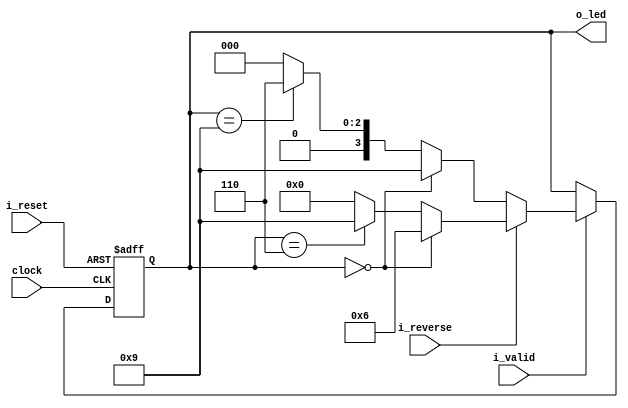
//Segunda jerarquia
module shiftreg2led
#(
    parameter NB_LEDS = 4

)
(
    output [NB_LEDS-1 :0]   o_led,
    input                   i_valid, //la de habilitacion que entra
    input                   i_reverse, //cambio de sentido
    input                   i_reset,
    input                   clock
                       
);
    //Localparam
    localparam o_1 = 4'b1001;
    localparam o_2 = 4'b0110;
    localparam o_3 = 4'b0000;
    //localparam R3 = (2**(NB_COUNTER-13))-1;

    
    //VARS
    reg [NB_LEDS-1 :0] shiftregisters;

    //reg direction;

    //OPT1 FOR
    integer ptr;


    always @(posedge clock or posedge i_reset) begin
        if(i_reset)begin 
            shiftregisters <= o_3;//4'b0000;
            //direction <= 1'b0;
        end 
        else if (i_valid)begin
            //if(i_reverse)begin
            //    direction <= ~direction;//creo que esto esta modelado como un boton
            //end

            //if(direction == 1'b0)begin
            if(~i_reverse)begin    
                shiftregisters <= (shiftregisters== o_3) ?  o_1 :
                                  (shiftregisters== o_1) ?  o_2 :
                                                            o_3 ;
            end
            else begin
                shiftregisters <= (shiftregisters== o_3) ?  o_2 :
                                  (shiftregisters== o_2) ?  o_1 :
                                                            o_3 ;
            end

        end
        else begin 
            shiftregisters <= shiftregisters;
            //direction <= direction;
        end       
    end


    assign o_led = shiftregisters;

endmodule